Annual administration report of the Civil Veterinary Department, Ajmere-Merwara, British Rajputana - 1914-1940
Year: 1914
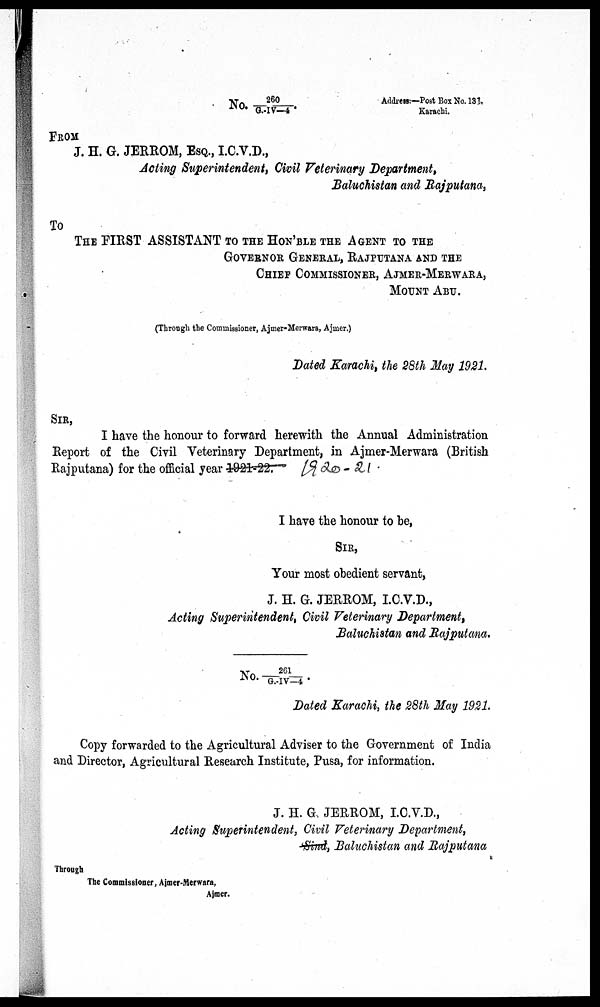
No.
260/G.-IV-4,
Address:—Post Box No. 131.
Karachi.
FROM
J. H. G. JERROM, ESQ., I.C.V.D.,
Acting Superintendent, Civil Veterinary Department,
Baluchistan and Rajputana,
To
THE FIRST ASSISTANT TO THE HON'BLE THE AGENT TO THE
GOVER OR GENERAL, RAJPUTANA AND THE
CHIEF COMMISSIONER, AJMER-MERWARA,
MOUNT ABU.
(Through the Commissioner, Ajmer-Merwara, Ajmer.)
Dated Karachi, the 28th May 1921.
SIR,
I have the honour to forward herewith the Annual Administration
Report of the Civil Veterinary Department, in Ajmer-Merwara (British
Rajputana) for the official year
1921-22.
I have the honour to be,
SIR,
Your most obedient servant,
J. H. G. JERROM, I.C.V.D.,
Acting Superintendent, Civil Veterinary Department,
Baluchistan and Rajputana.
No. 261/G.-IV-4
Dated Karachi, the 28th May 1921.
Copy forwarded to the Agricultural Adviser to the Government of India
and Director, Agricultural Research Institute, Pusa, for information.
J. H. G. JERROM, I.C.V.D.,
Acting Superintendent, Civil Veterinary Department,
Sind, Baluchistan and Rajputana
Through
The Commissioner, Ajmer-Merwara,
Ajmer.